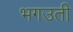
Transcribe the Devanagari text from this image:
भगउती